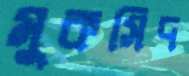
মুকসিদ